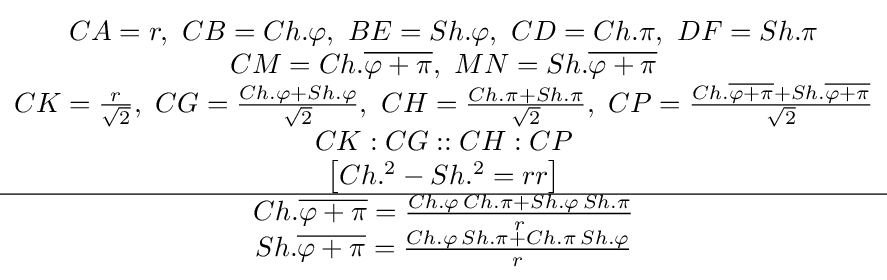
{\begin{matrix}CA=r,\ CB=Ch.\varphi ,\ BE=Sh.\varphi ,\ CD=Ch.\pi ,\ DF=Sh.\pi \\CM=Ch.{\overline {\varphi +\pi }},\ MN=Sh.{\overline {\varphi +\pi }}\\CK={\frac {r}{\sqrt {2}}},\ CG={\frac {Ch.\varphi +Sh.\varphi }{\sqrt {2}}},\ CH={\frac {Ch.\pi +Sh.\pi }{\sqrt {2}}},\ CP={\frac {Ch.{\overline {\varphi +\pi }}+Sh.{\overline {\varphi +\pi }}}{\sqrt {2}}}\\CK:CG::CH:CP\\\left[Ch.^{2}-Sh.^{2}=rr\right]\\\hline Ch.{\overline {\varphi +\pi }}={\frac {Ch.\varphi \,Ch.\pi +Sh.\varphi \,Sh.\pi }{r}}\\Sh.{\overline {\varphi +\pi }}={\frac {Ch.\varphi \,Sh.\pi +Ch.\pi \,Sh.\varphi }{r}}\end{matrix}}